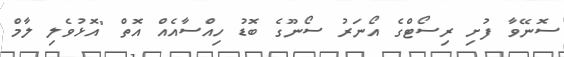
ސޮނޭވާ ފުށި ރިސޯޓްގެ އޯނަރު ސޯނޫގެ ބޮޑު ހިއްސާއެއް އޮތް "އޮޅުވެލި ލާމް